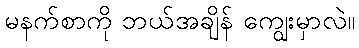
မနက်စာကို ဘယ်အချိန် ကျွေးမှာလဲ။